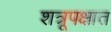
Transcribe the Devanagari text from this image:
शत्रूपक्षात